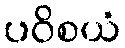
ပဝိစယံ